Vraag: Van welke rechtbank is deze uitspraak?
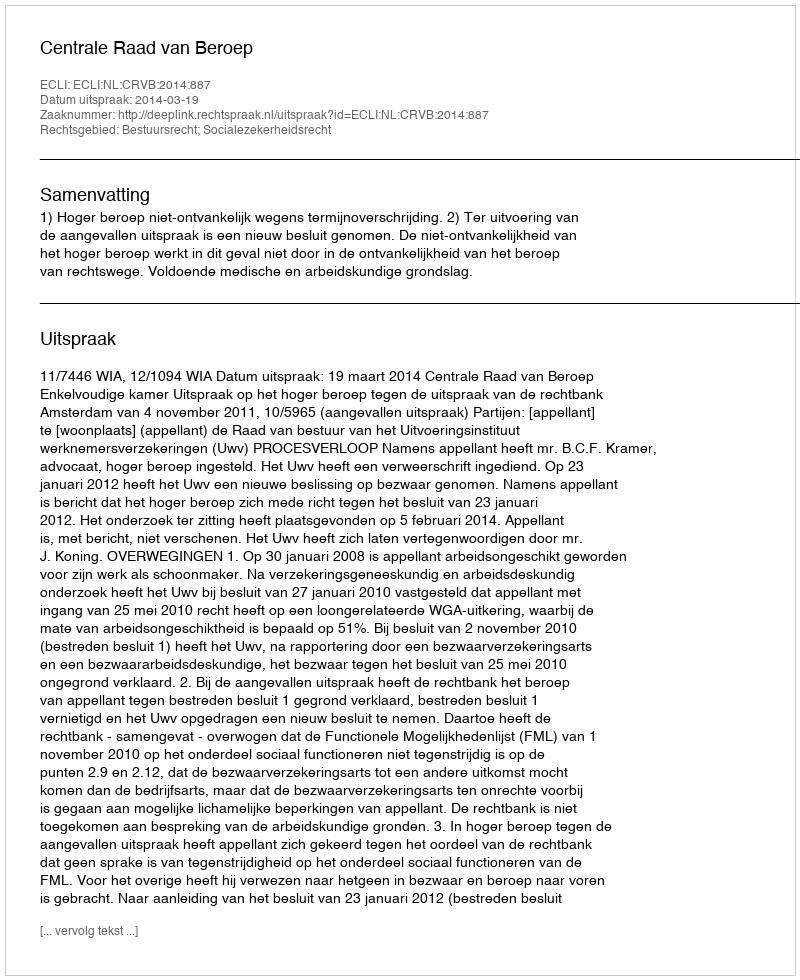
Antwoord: Centrale Raad van Beroep